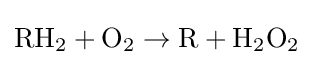
\mathrm {RH} _{\mathrm {2} }+\mathrm {O} _{\mathrm {2} }\rightarrow \mathrm {R} +\mathrm {H} _{2}\mathrm {O} _{2}